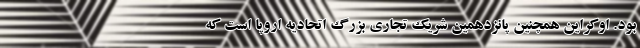
بود. اوکراین همچنین پانزدهمین شریک تجاری بزرگ اتحادیه اروپا است که